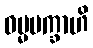
ဓမ္မမက္ခာဟိ